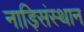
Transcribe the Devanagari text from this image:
नाड़िसंस्थान